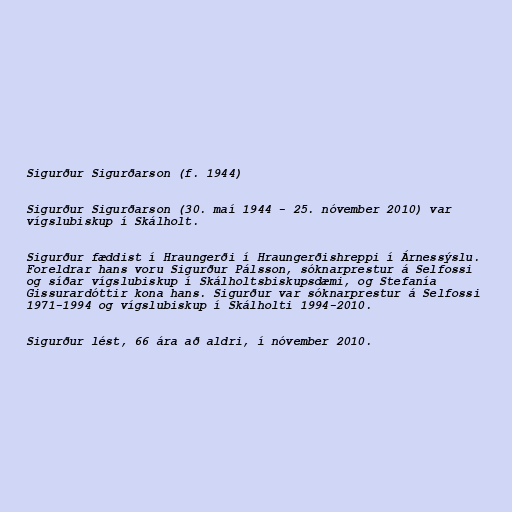
Sigurður Sigurðarson (f. 1944)

Sigurður Sigurðarson (30. maí 1944 - 25. nóvember 2010) var
vígslubiskup í Skálholt.

Sigurður fæddist í Hraungerði í Hraungerðishreppi í Árnessýslu.
Foreldrar hans voru Sigurður Pálsson, sóknarprestur á Selfossi
og síðar vígslubiskup í Skálholtsbiskupsdæmi, og Stefanía
Gissurardóttir kona hans. Sigurður var sóknarprestur á Selfossi
1971-1994 og vígslubiskup í Skálholti 1994-2010.

Sigurður lést, 66 ára að aldri, í nóvember 2010.